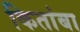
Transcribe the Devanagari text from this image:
कितांबा